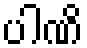
ပါဏိ